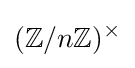
(\mathbb {Z} /n\mathbb {Z} )^{\times }